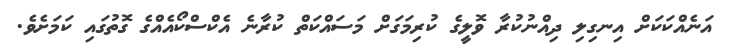
އަނެއްކަކަށް އިނގިލި ދިއްނުކުރާ ވޮލީގެ ކުރިމަގަށް މަސައްކަތް ކުރާނެ އެކްސްކޯއެއްގެ ގޮތުގައި ކަމަށެވެ.